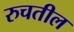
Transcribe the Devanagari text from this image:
रुचतील